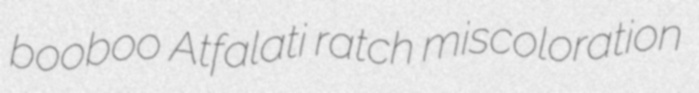
booboo Atfalati ratch miscoloration